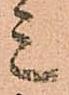
ミ